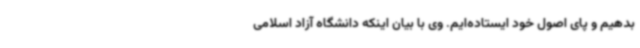
بدهیم و پای اصول خود ایستاده‌ایم. وی با بیان اینکه دانشگاه آزاد اسلامی